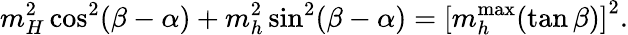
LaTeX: m_{H}^{2}\cos^{2}(\beta-\alpha)+m_{h}^{2}\sin^{2}(\beta-\alpha)=\left[m_{h}^{\mathrm{max}}(\tan\beta)\right]^{2}.